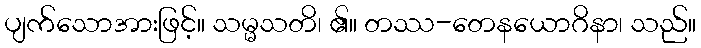
ပျက်သောအားဖြင့်။ သမ္မသတိ၊ ၏။ တဿ-တေနယောဂိနာ၊ သည်။